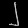
Digit: ၂